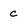
Character: c